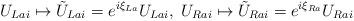
LaTeX: \begin{align*}U_{Lai} \mapsto \tilde{U}_{Lai} = e^{i\xi_{La}}U_{Lai},\ U_{Rai} \mapsto\tilde{U}_{Rai} = e^{i\xi_{Ra}} U_{Rai}\end{align*}